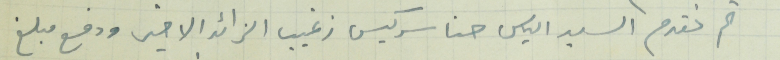
ثم تقدم الياس حنا سركيس زغيب الزائد الاخير ودفع مبلغ